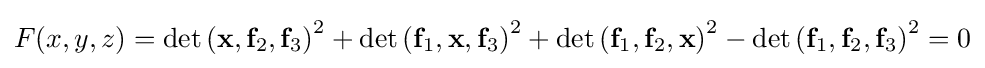
F(x,y,z)=\operatorname {det} \left(\mathbf {x} ,\mathbf {f} _{2},\mathbf {f} _{3}\right)^{2}+\operatorname {det} \left(\mathbf {f} _{1},\mathbf {x} ,\mathbf {f} _{3}\right)^{2}+\operatorname {det} \left(\mathbf {f} _{1},\mathbf {f} _{2},\mathbf {x} \right)^{2}-\operatorname {det} \left(\mathbf {f} _{1},\mathbf {f} _{2},\mathbf {f} _{3}\right)^{2}=0